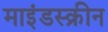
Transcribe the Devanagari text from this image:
माइंडस्क्रीन